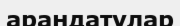
арандатулар